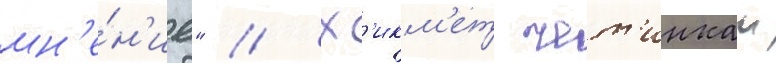
мн'е́н'ие" // Х'икм'ет чет'инкаи